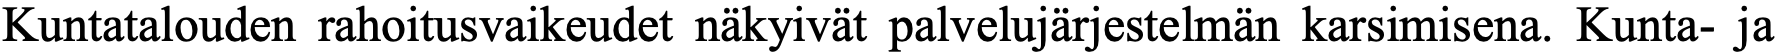
Kuntatalouden rahoitusvaikeudet näkyivät palvelujärjestelmän karsimisena. Kunta- ja